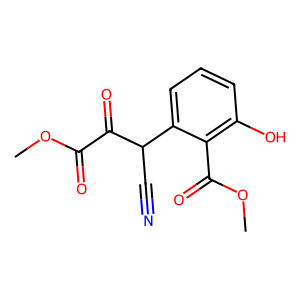
SMILES: COC(=O)C(=O)C(C#N)c1cccc(O)c1C(=O)OC
Inhibits HIV replication: No